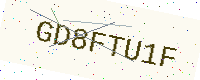
Text: GD8FTU1F